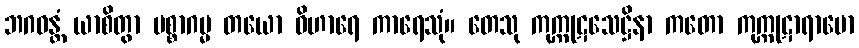
ဘဂဝန္တံ ယာစိတွာ ပစ္စာဂမ္မ တယော ဝိဟာရေ ကာရေသုံ။ တေသု ကုက္ကုဋသေဋ္ဌိနာ ကတော ကုက္ကုဋာရာမော